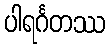
ပါရင်္ဂတဿ